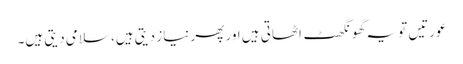
عورتیں تو یہ گھونگھٹ اٹھاتی ہیں اور پھر نیاز دیتی ہیں، سلامی دیتی ہیں۔